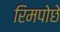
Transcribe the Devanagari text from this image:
रिमपोछे